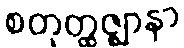
စတုတ္ထဇ္ဈာနာ